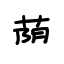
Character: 荫